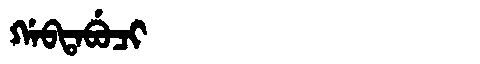
Manchu: ᡤᠠᠪᡨᠠᠪᡠᠴᡳ
Romanization: GABTABUCI